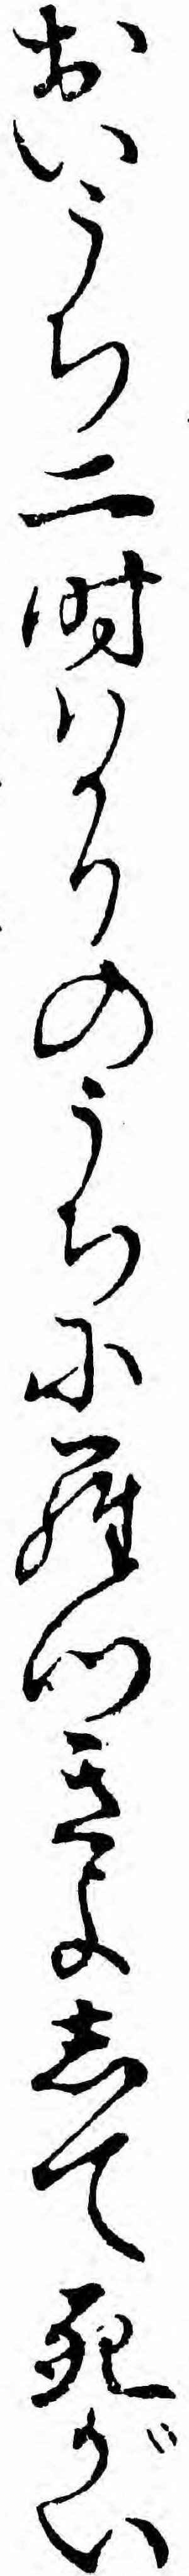
おいうち二時ハかりのうちにらつきよして死がい